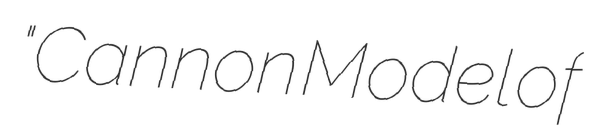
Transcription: "Cannon Model of